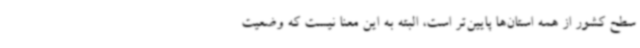
سطح کشور از همه استان‌ها پایین‌تر است، البته به این معنا نیست که وضعیت